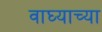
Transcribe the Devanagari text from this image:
वाघ्याच्या